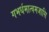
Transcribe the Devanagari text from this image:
गभर्धमात्वमजासि